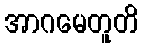
အာဂမေတူတိ